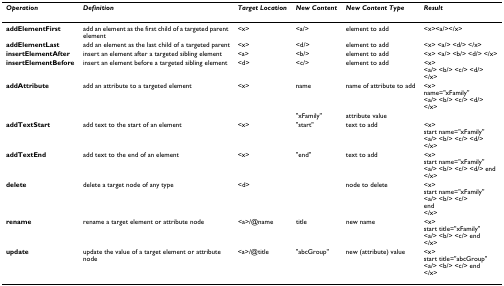
<table><thead><tr><td><b><i>Operation</i></b></td><td><b><i>Definition</i></b></td><td><b><i>Target Location</i></b></td><td><b><i>New Content</i></b></td><td><b><i>New Content Type</i></b></td><td><b><i>Result</i></b></td></tr></thead><tbody><tr><td><b>addElementFirst</b></td><td>add an element as the first child of a targeted parent element</td><td>&lt;x&gt;</td><td>&lt;a/&gt;</td><td>element to add</td><td>&lt;x&gt;&lt;a/&gt;&lt;/x&gt;</td></tr><tr><td><b>addElementLast</b></td><td>add an element as the last child of a targeted parent</td><td>&lt;x&gt;</td><td>&lt;d/&gt;</td><td>element to add</td><td>&lt;x&gt; &lt;a/&gt; &lt;d/&gt; &lt;/x&gt;</td></tr><tr><td><b>insertElementAfter</b></td><td>insert an element after a targeted sibling element</td><td>&lt;a&gt;</td><td>&lt;b/&gt;</td><td>element to add</td><td>&lt;x&gt; &lt;a/&gt; &lt;b/&gt; &lt;d/&gt; &lt;/x&gt;</td></tr><tr><td><b>insertElementBefore</b></td><td>insert an element before a targeted sibling element</td><td>&lt;d&gt;</td><td>&lt;c/&gt;</td><td>element to add</td><td>&lt;x&gt;&lt;a/&gt; &lt;b/&gt; &lt;c/&gt; &lt;d/&gt;&lt;/x&gt;</td></tr><tr><td><b>addAttribute</b></td><td>add an attribute to a targeted element</td><td>&lt;x&gt;</td><td>name</td><td>name of attribute to add</td><td>&lt;x&gt;name=&quot;xFamily&quot;&lt;a/&gt; &lt;b/&gt; &lt;c/&gt; &lt;d/&gt;&lt;/x&gt;</td></tr><tr><td></td><td></td><td></td><td>&quot;xFamily&quot;</td><td>attribute value</td><td></td></tr><tr><td><b>addTextStart</b></td><td>add text to the start of an element</td><td>&lt;x&gt;</td><td>&quot;start&quot;</td><td>text to add</td><td>&lt;x&gt;start name=&quot;xFamily&quot;&lt;a/&gt; &lt;b/&gt; &lt;c/&gt; &lt;d/&gt;&lt;/x&gt;</td></tr><tr><td><b>addTextEnd</b></td><td>add text to the end of an element</td><td>&lt;x&gt;</td><td>&quot;end&quot;</td><td>text to add</td><td>&lt;x&gt;start name=&quot;xFamily&quot;&lt;a/&gt; &lt;b/&gt; &lt;c/&gt; &lt;d/&gt; end&lt;/x&gt;</td></tr><tr><td><b>delete</b></td><td>delete a target node of any type</td><td>&lt;d&gt;</td><td></td><td>node to delete</td><td>&lt;x&gt;start name=&quot;xFamily&quot;&lt;a/&gt; &lt;b/&gt; &lt;c/&gt;end&lt;/x&gt;</td></tr><tr><td><b>rename</b></td><td>rename a target element or attribute node</td><td>&lt;a&gt;/@name</td><td>title</td><td>new name</td><td>&lt;x&gt;start title=&quot;xFamily&quot;&lt;a/&gt; &lt;b/&gt; &lt;c/&gt; end&lt;/x&gt;</td></tr><tr><td><b>update</b></td><td>update the value of a target element or attribute node</td><td>&lt;a&gt;/@title</td><td>&quot;abcGroup&quot;</td><td>new (attribute) value</td><td>&lt;x&gt;start title=&quot;abcGroup&quot;&lt;a/&gt; &lt;b/&gt; &lt;c/&gt; end&lt;/x&gt;</td></tr></tbody></table>